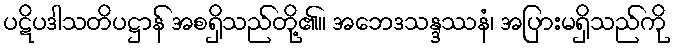
ပဋိပဒါသတိပဋ္ဌာန် အစရှိသည်တို့၏။ အဘေဒသန္ဒဿနံ၊ အပြားမရှိသည်ကို